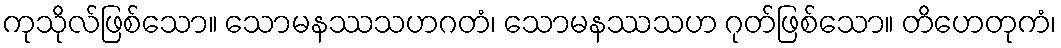
ကုသိုလ်ဖြစ်သော။ သောမနဿသဟဂတံ၊ သောမနဿသဟ ဂုတ်ဖြစ်သော။ တိဟေတုကံ၊